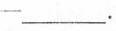
-___.